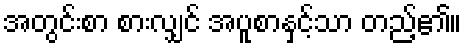
အတွင်းစာ စားလျှင် အပူစာနှင့်သာ တည့်၏။